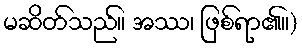
မဆိတ်သည်။ အဿ၊ ဖြစ်ရာ၏။)